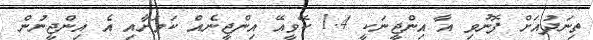
ތިނަދުއަށް ފޮނުވި އާ އިންޖީނަކީ 1.4 ކޭވީއޭ އިންޖީނެއް ކަމަށާއި އެ އިންޖީނުން